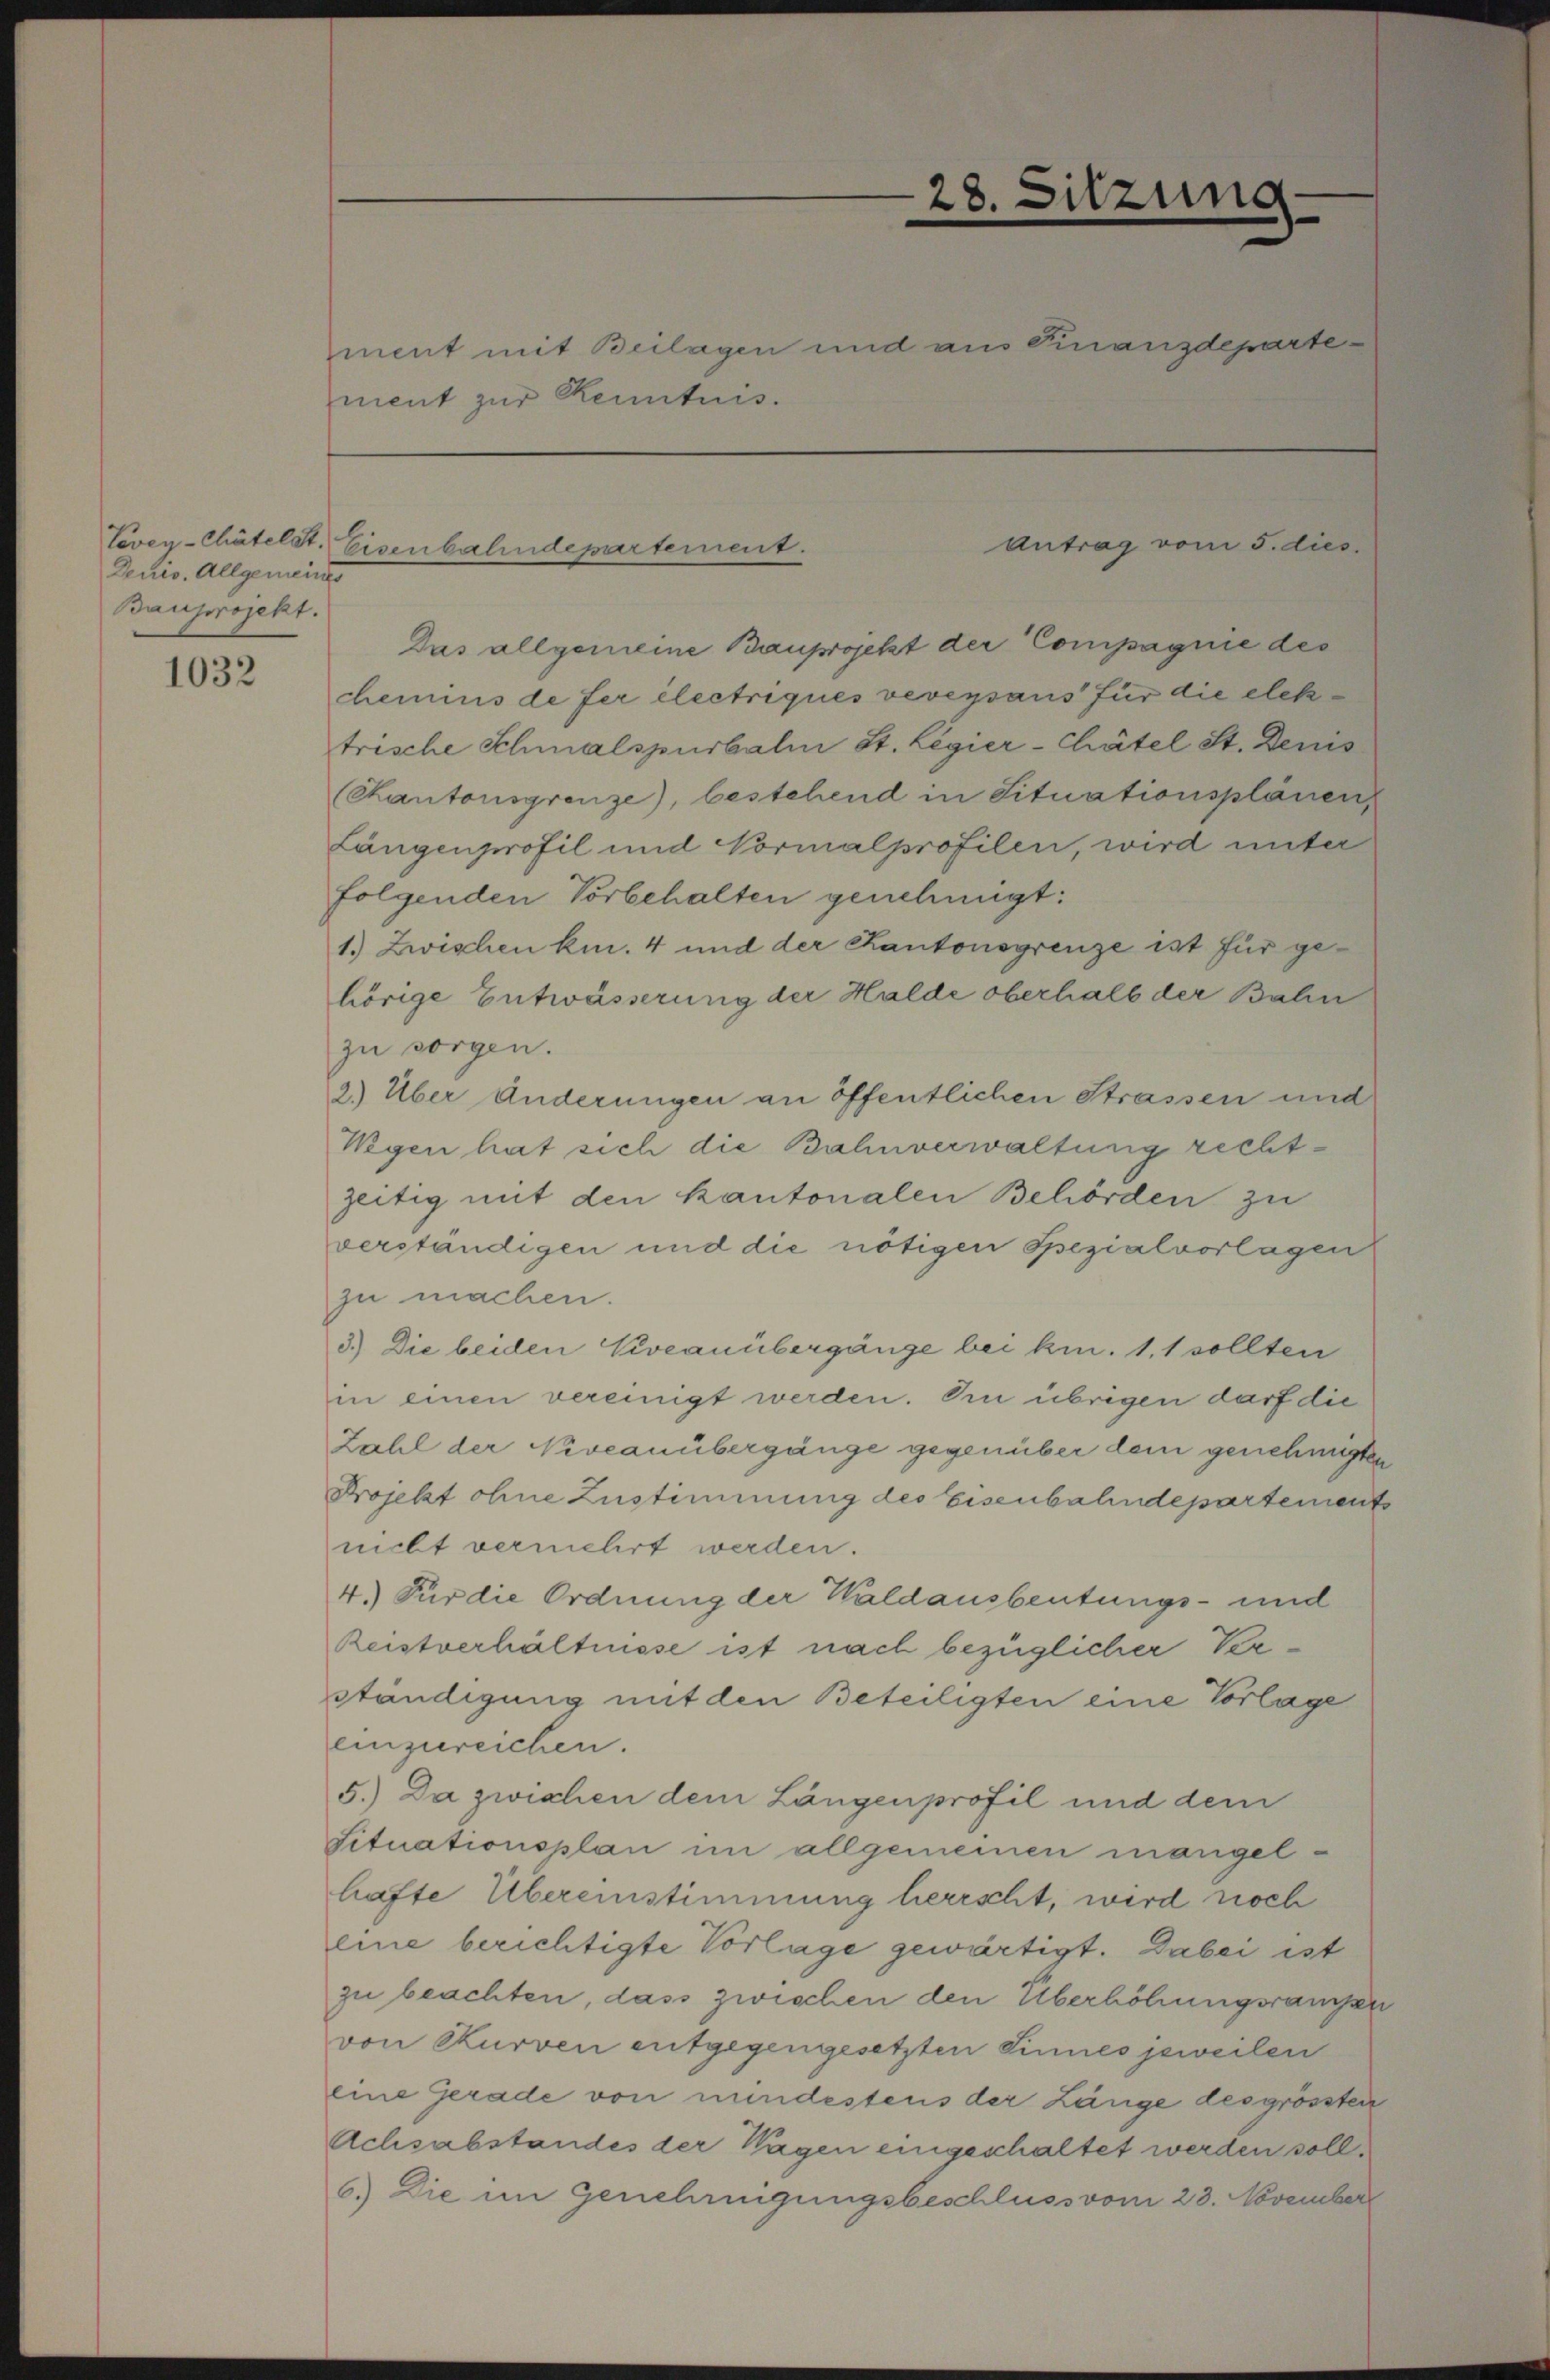
Denis. Allgemeind
Bauprojekt.

1032

ment zur Kenntnis.

Vevey-Chätelst. Eisenbahndepartement.

28. Sitzung
e
ment mit Beilagen und aus Finanzdeparte

Das allgemeine Bauprojekt der Compagnie des
chemins de fer electriques veversans für die elektrische Schmalspurbali St. Legier-Chätel St. Demis
(Kantonsgrenze), bestehend in Situationsplänen
Längenprofil und Vormalprofilen, wird unter
folgenden Vorbehalten genehmigt:
1.) Zwischen kn. 4 und der Kantonsgrenze ist für gehörige Entwässerung der Halde oberhalb der Bahn
zu sorgen.
2.) Über Änderungen an öffentlichen Strassen und
Wegen hat sich die Bahnverwaltung rechtzeitig mit den kantonalen Behörden zu
verständigen und die nötigen Spezialvorlagen
zu machen.
3.) Die beiden Niveanübergänge bei kn. 1.1 sollten
in einen vereinigt werden. Im übrigen darf die
Zahl der Niveauübergänge gegenüber dem genehmigten
Projekt ohne Zustimmung des Eisenbahndepartements
nicht vermehrt werden.
4.) Für die Ordnung der Waldausbeutungs- und
Reistverhältnisse ist nach bezüglicher Ver¬
Ständigung mit den Beteiligten eine Vorlage
einzureichen.
5.) Da zwischen dem Längenprofil und dem
Situationsplan im allgemeinen mangel-
hafte Übereinstimmung herrscht, wird noch
eine berichtigte Vorlage gewärtigt. Dabei ist
zu beachten, dass zwischen den Überhöhungsrampe
von Kurven entgegengesetzten Sinnes jeweilen
eine Gerade von mindestens der Länge des grössten
Achsabstandes der Wagen eingeschaltet werden soll.
6.) Die im Genehmigungsbeschluss vom 28. November

Antrag vom 5. dies